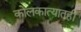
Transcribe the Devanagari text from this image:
कोलकात्यातही